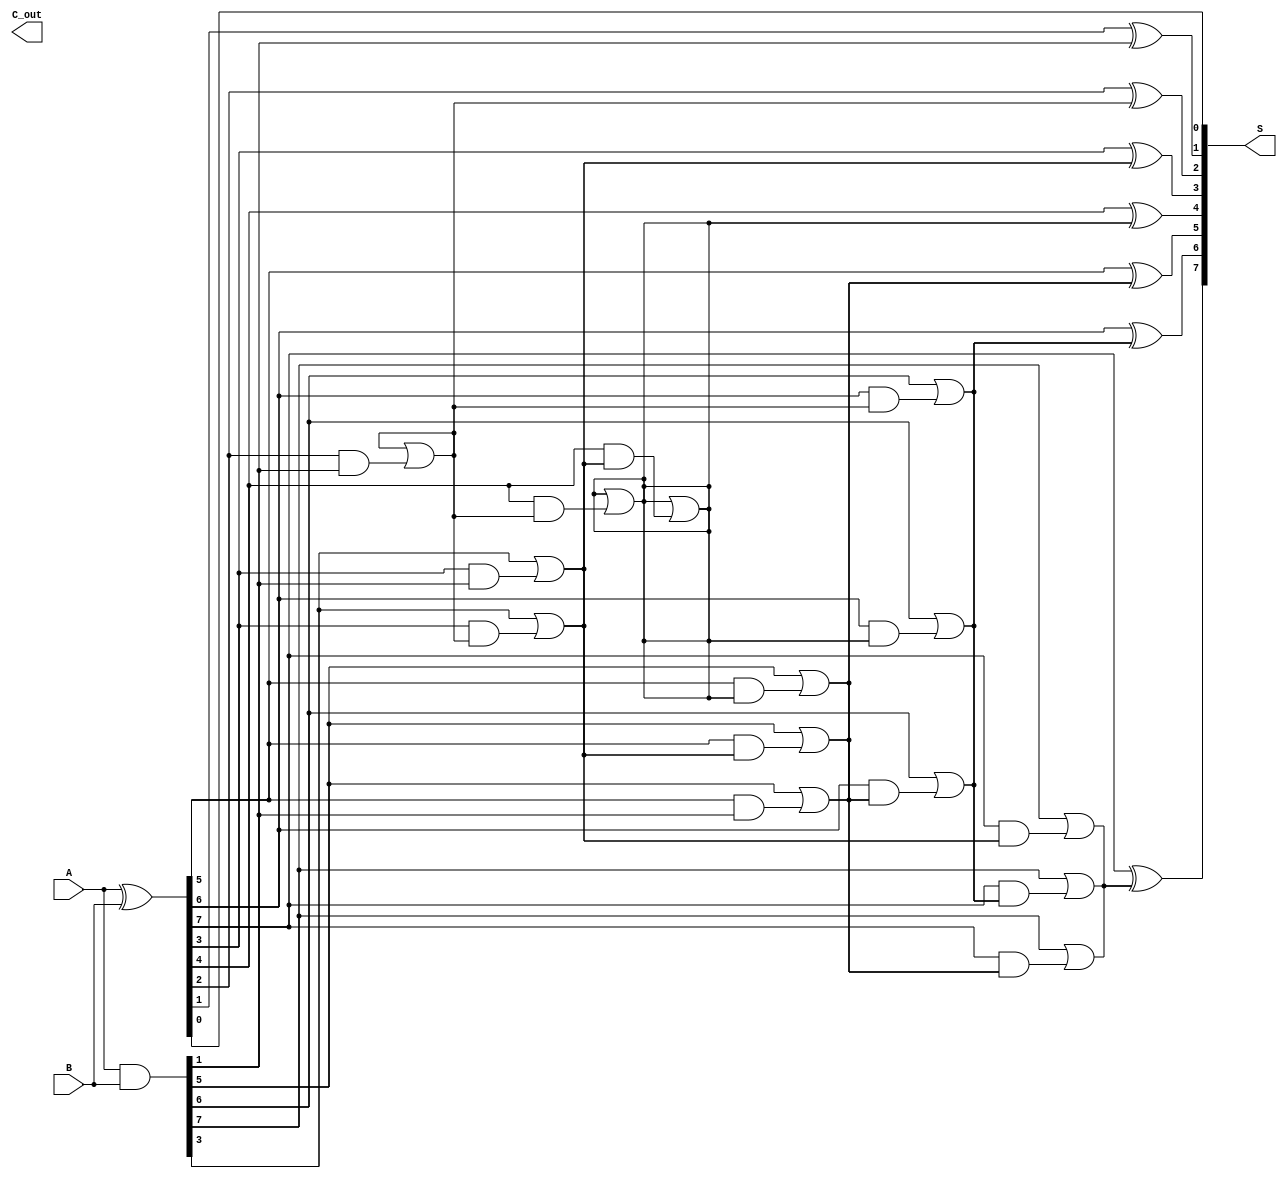
module KoggeStoneAdder #(parameter N = 8) (
    input [N-1:0] A,  // First binary number
    input [N-1:0] B,  // Second binary number
    output [N-1:0] S,  // Sum output
    output C_out       // Carry out
);

    // Generate and Propagate signals
    wire [N-1:0] G; // Generate signals
    wire [N-1:0] P; // Propagate signals
    wire [N:0] C;   // Carry signals (C[0] is the initial carry-in, C[N] is C_out)

    // Generate and Propagate definitions
    assign G = A & B;
    assign P = A ^ B;

    // Initialize carry input
    assign C[0] = 1'b0; // Assuming no carry-in

    // Kogge-Stone Prefix calculations
    genvar i, j;
    
    // Stage 1 to log2(N)
    generate
        for (j = 0; j < $clog2(N); j = j + 1) begin : stages
            for (i = 0; i < N; i = i + 1) begin : carry_calc
                if (i >= (1 << j)) begin
                    // Calculate carry for current stage
                    assign C[i] = G[i] | (P[i] & C[i - (1 << j)]);
                end
            end
        end
    endgenerate

    // Calculate the sum
    generate
        for (i = 0; i < N; i = i + 1) begin : sum_calc
            assign S[i] = P[i] ^ C[i]; // Sum calculation
        end
    endgenerate

    // Final carry output
    assign C_out = C[N];

endmodule